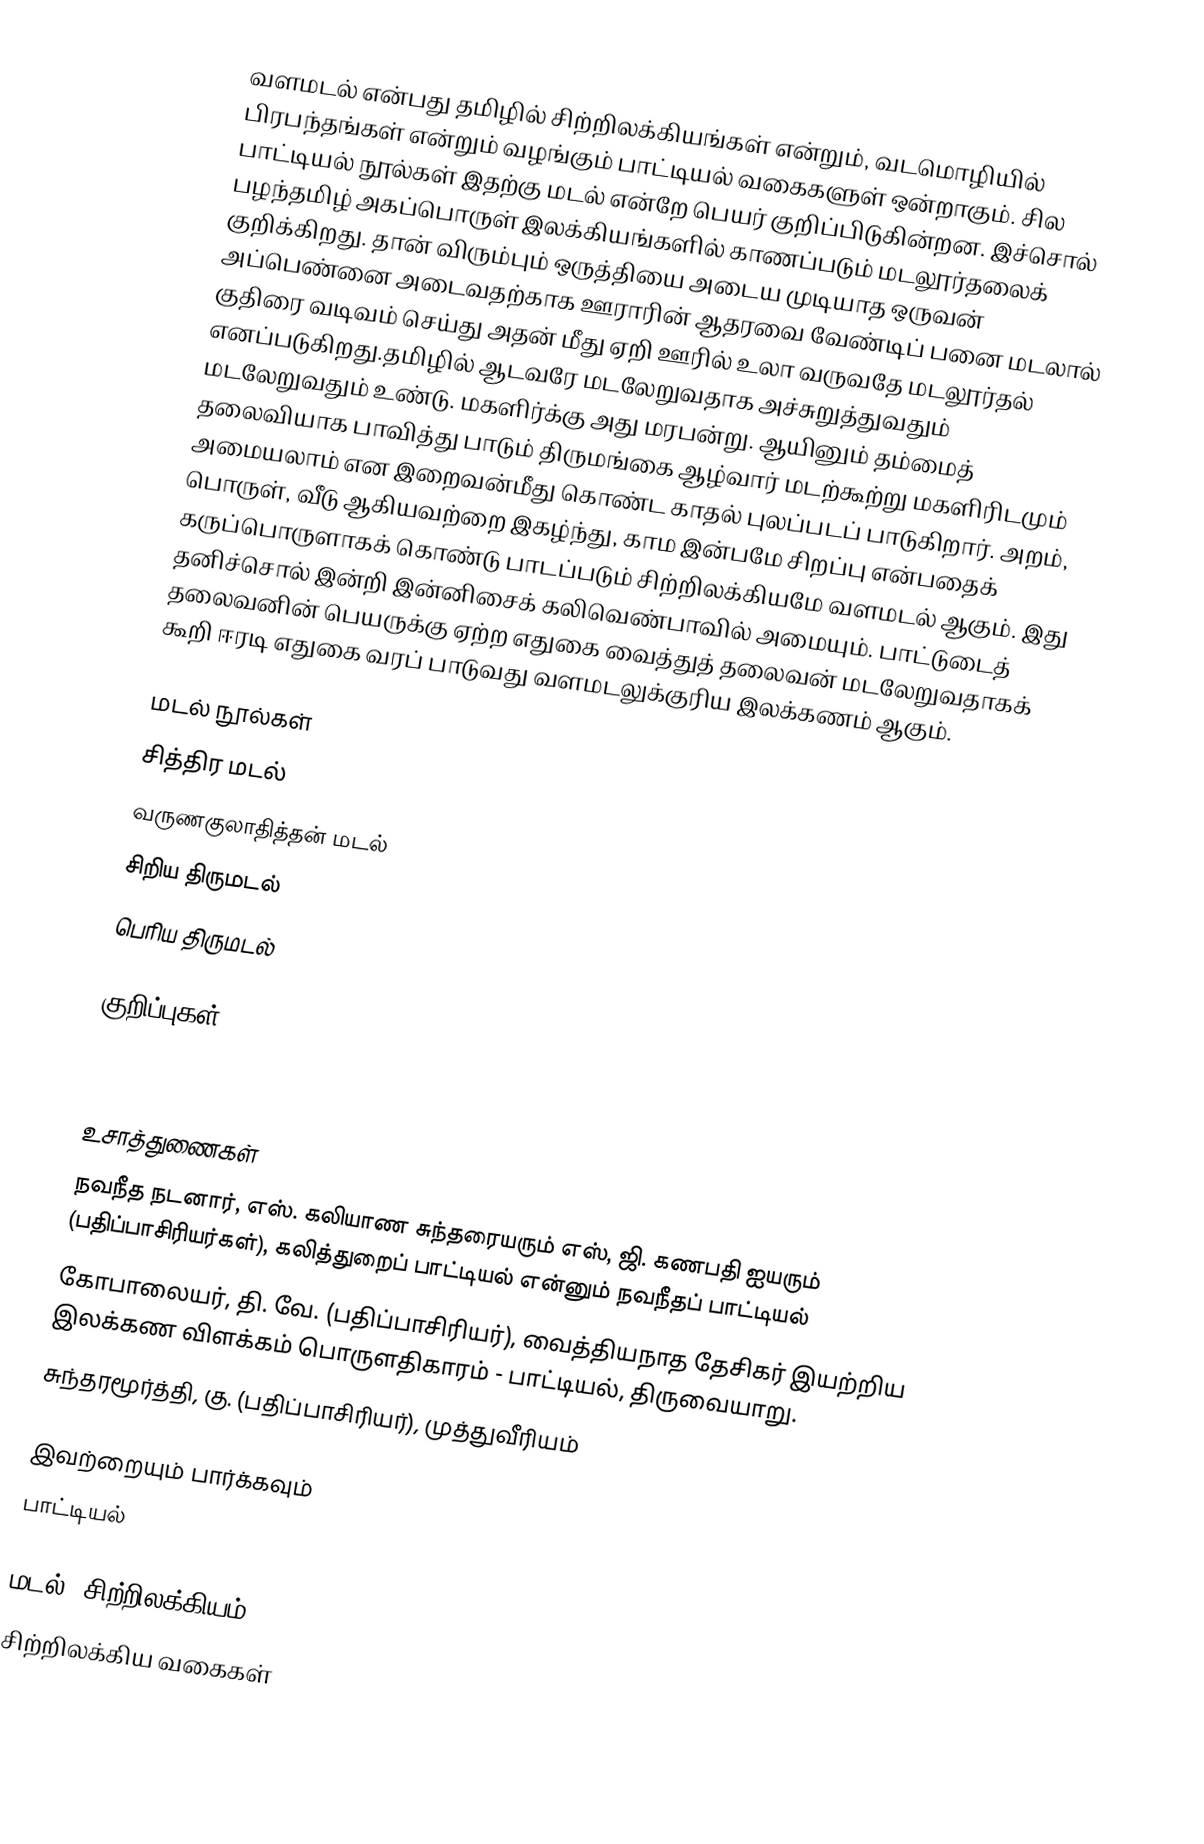
வளமடல் என்பது தமிழில் சிற்றிலக்கியங்கள் என்றும், வடமொழியில் பிரபந்தங்கள் என்றும் வழங்கும் பாட்டியல் வகைகளுள் ஒன்றாகும். சில பாட்டியல் நூல்கள் இதற்கு மடல் என்றே பெயர் குறிப்பிடுகின்றன. இச்சொல் பழந்தமிழ் அகப்பொருள் இலக்கியங்களில் காணப்படும் மடலூர்தலைக் குறிக்கிறது. தான் விரும்பும் ஒருத்தியை அடைய முடியாத ஒருவன் அப்பெண்னை அடைவதற்காக ஊராரின் ஆதரவை வேண்டிப் பனை மடலால் குதிரை வடிவம் செய்து அதன் மீது ஏறி ஊரில் உலா வருவதே மடலூர்தல் எனப்படுகிறது.தமிழில் ஆடவரே மடலேறுவதாக அச்சுறுத்துவதும் மடலேறுவதும் உண்டு. மகளிர்க்கு அது மரபன்று. ஆயினும் தம்மைத் தலைவியாக பாவித்து பாடும் திருமங்கை ஆழ்வார் மடற்கூற்று மகளிரிடமும் அமையலாம் என இறைவன்மீது கொண்ட காதல் புலப்படப் பாடுகிறார். அறம், பொருள், வீடு ஆகியவற்றை இகழ்ந்து, காம இன்பமே சிறப்பு என்பதைக் கருப்பொருளாகக் கொண்டு பாடப்படும் சிற்றிலக்கியமே வளமடல் ஆகும். இது தனிச்சொல் இன்றி இன்னிசைக் கலிவெண்பாவில் அமையும். பாட்டுடைத் தலைவனின் பெயருக்கு ஏற்ற எதுகை வைத்துத் தலைவன் மடலேறுவதாகக் கூறி ஈரடி எதுகை வரப் பாடுவது வளமடலுக்குரிய இலக்கணம் ஆகும்.

மடல் நூல்கள்
சித்திர மடல்
வருணகுலாதித்தன் மடல்
சிறிய திருமடல்
பெரிய திருமடல்

குறிப்புகள்

http://www.tamilvu.org/courses/degree/p103/p1033/html/p103323.htm

உசாத்துணைகள்
 நவநீத நடனார், எஸ். கலியாண சுந்தரையரும் எஸ், ஜி. கணபதி ஐயரும் (பதிப்பாசிரியர்கள்), கலித்துறைப் பாட்டியல் என்னும் நவநீதப் பாட்டியல்
 கோபாலையர், தி. வே. (பதிப்பாசிரியர்), வைத்தியநாத தேசிகர் இயற்றிய இலக்கண விளக்கம் பொருளதிகாரம் - பாட்டியல், திருவையாறு.
 சுந்தரமூர்த்தி, கு. (பதிப்பாசிரியர்), முத்துவீரியம்

இவற்றையும் பார்க்கவும்
 பாட்டியல்

மடல் (சிற்றிலக்கியம்)
சிற்றிலக்கிய வகைகள்